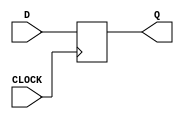
`timescale 1ns / 1ps
//////////////////////////////////////////////////////////////////////////////////
// Company: 
// Engineer: 
// 
// Design Name: 
// Module Name: my_dff
// Project Name: 
// Target Devices: 
// Tool Versions: 
// Description: 
// 
// Dependencies: 
// 
// Revision:
// Revision 0.01 - File Created
// Additional Comments:
// 
//////////////////////////////////////////////////////////////////////////////////


module my_dff(
    input CLOCK,
    input D,
    output reg Q

    );

    always @ (posedge CLOCK) begin
    Q <= D;
    end

endmodule